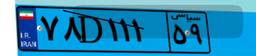
۴۷D۸۳۰۰۹